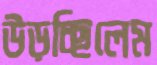
উড়চ্ছিলেম